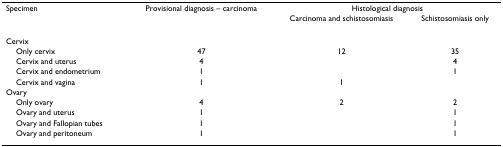
| Specimen | Provisional diagnosis – carcinoma | <COLSPAN=2> Histological diagnosis |
 |  |  | Carcinoma and schistosomiasis | Schistosomiasis only |
 | --- | --- | --- | --- |
 | Cervix |  |  |  |
 | Only cervix | 47 | 12 | 35 |
 | Cervix and uterus | 4 |  | 4 |
 | Cervix and endometrium | 1 |  | 1 |
 | Cervix and vagina | 1 | 1 |  |
 | Ovary |  |  |  |
 | Only ovary | 4 | 2 | 2 |
 | Ovary and uterus | 1 |  | 1 |
 | Ovary and Fallopian tubes | 1 |  | 1 |
 | Ovary and peritoneum | 1 |  | 1 |